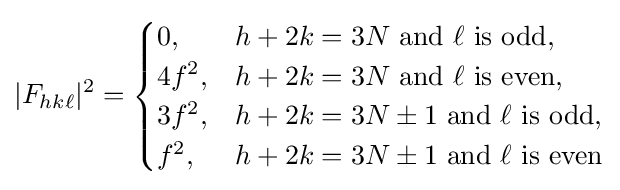
|F_{hk\ell }|^{2}={\begin{cases}0,&h+2k=3N{\text{ and }}\ell {\text{ is odd,}}\\4f^{2},&h+2k=3N{\text{ and }}\ell {\text{ is even,}}\\3f^{2},&h+2k=3N\pm 1{\text{ and }}\ell {\text{ is odd,}}\\f^{2},&h+2k=3N\pm 1{\text{ and }}\ell {\text{ is even}}\\\end{cases}}